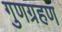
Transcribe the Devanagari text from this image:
गुणग्रहण